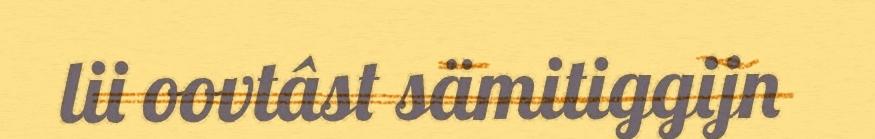
lii oovtâst sämitiggijn